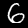
Label: 6